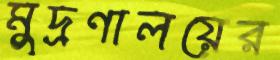
মুদ্রণালয়ের